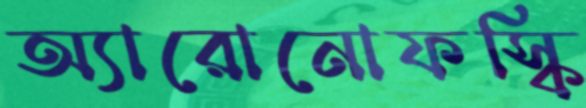
অ্যারোনোফস্কি